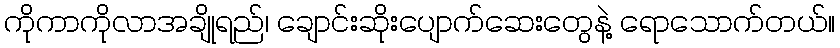
ကိုကာကိုလာအချိုရည်၊ ချောင်းဆိုးပျောက်ဆေးတွေနဲ့ ရောသောက်တယ်။